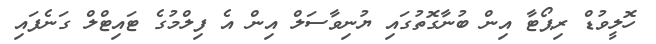
ހޮލީވުޑް ރިޕޯޓާ އިން ބުނާގޮތުގައި ޔުނިވާސަލް އިން އެ ފިލްމުގެ ޓައިޓްލް ގަނެފައި